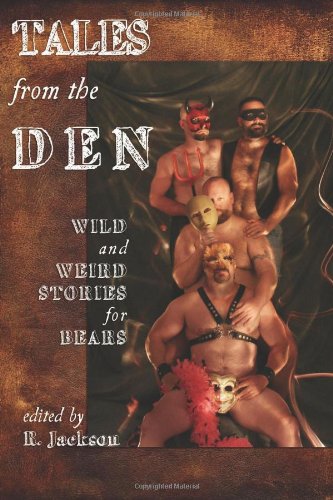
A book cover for Tales from the Den: Wild and Weird Stories for Bears; Romance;